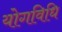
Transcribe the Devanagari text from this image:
योगविधि